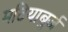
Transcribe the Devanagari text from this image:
मटियाबुर्ज